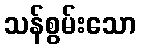
သန်စွမ်းသော